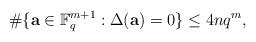
LaTeX: \begin{align*}\#\{\mathbf{a}\in \mathbb{F}_q^{m+1}: \Delta(\mathbf{a})=0\} \leq 4n q^{m},\end{align*}